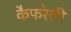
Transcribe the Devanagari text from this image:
कैफरेली